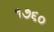
૧૭૬૦